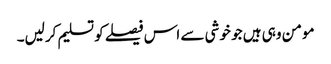
مومن وہی ہیں جو خوشی سے اس فیصلے کو تسلیم کرلیں۔